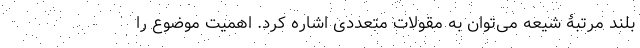
بلند مرتبۀ شیعه می‌توان به مقولات متعددی اشاره کرد. اهمیت موضوع را